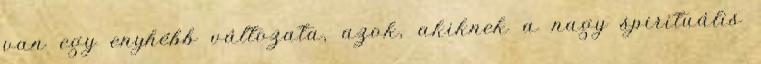
van egy enyhébb változata, azok, akiknek a nagy spirituális